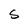
Character: S